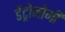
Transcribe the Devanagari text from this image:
डेंट्रोनोमी